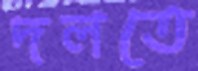
দলতে